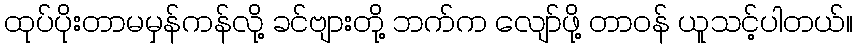
ထုပ်ပိုးတာမမှန်ကန်လို့ ခင်ဗျားတို့ ဘက်က လျော်ဖို့ တာဝန် ယူသင့်ပါတယ်။